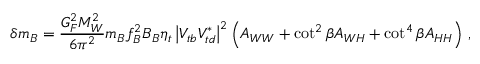
\delta m _ { B } = \frac { G _ { F } ^ { 2 } M _ { W } ^ { 2 } } { 6 \pi ^ { 2 } } m _ { B } f _ { B } ^ { 2 } B _ { B } \eta _ { t } \left| V _ { t b } V _ { t d } ^ { * } \right| ^ { 2 } \left( A _ { W W } + \cot ^ { 2 } \beta A _ { W H } + \cot ^ { 4 } \beta A _ { H H } \right) \, ,